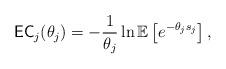
LaTeX: \begin{align*}\mathsf{EC}_j(\theta_j) = - \frac{1}{\theta_j }\ln \mathbb{E}\left[ {e^{-\theta_j s_j}} \right],\end{align*}